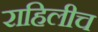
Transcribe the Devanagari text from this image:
राहिलीच